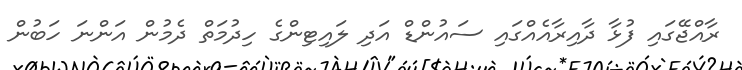
ރާއްޖޭގައި ފުޅާ ދާއިރާއެއްގައި ސައުންޑް އަދި ލައިޓިންގެ ހިދުމަތް ދެމުން އަންނަ ހަބުން